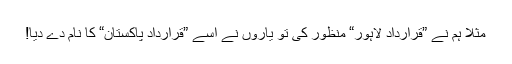
مثلاً ہم نے ”قراردادِ لاہور“ منظور کی تو یاروں نے اسے ”قراردادِ پاکستان“ کا نام دے دیا!